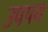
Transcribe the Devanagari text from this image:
उपपय